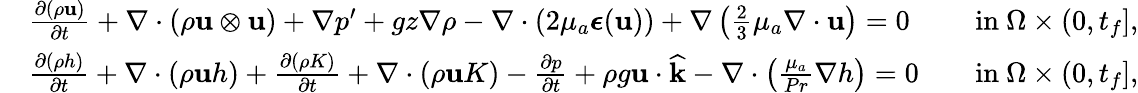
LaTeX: \begin{array}{rlrl}&{\frac{\partial(\rho\mathbf u)}{\partial t}+\nabla\cdot(\rho\mathbf u\otimes\mathbf u)+\nabla p^{\prime}+gz\nabla\rho-\nabla\cdot(2\mu_{a}\boldsymbol{\epsilon}(\mathbf u))+\nabla\left(\frac{2}{3}\mu_{a}\nabla\cdot\mathbf u\right)=0}&&{\mathrm{in~}\Omega\times(0,t_{f}],}\\ &{\frac{\partial(\rho h)}{\partial t}+\nabla\cdot(\rho\mathbf uh)+\frac{\partial(\rho K)}{\partial t}+\nabla\cdot(\rho\mathbf uK)-\frac{\partial p}{\partial t}+\rho g\mathbf u\cdot\widehat{\mathbf k}-\nabla\cdot\left(\frac{\mu_{a}}{Pr}\nabla h\right)=0}&&{\mathrm{in~}\Omega\times(0,t_{f}],}\end{array}